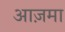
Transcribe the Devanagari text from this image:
आज़मा